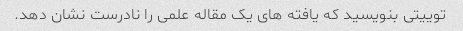
توییتی بنویسید که یافته های یک مقاله علمی را نادرست نشان دهد.